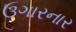
ઉગારનાર